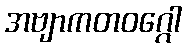
အဗျာကတဝဂ္ဂေါ